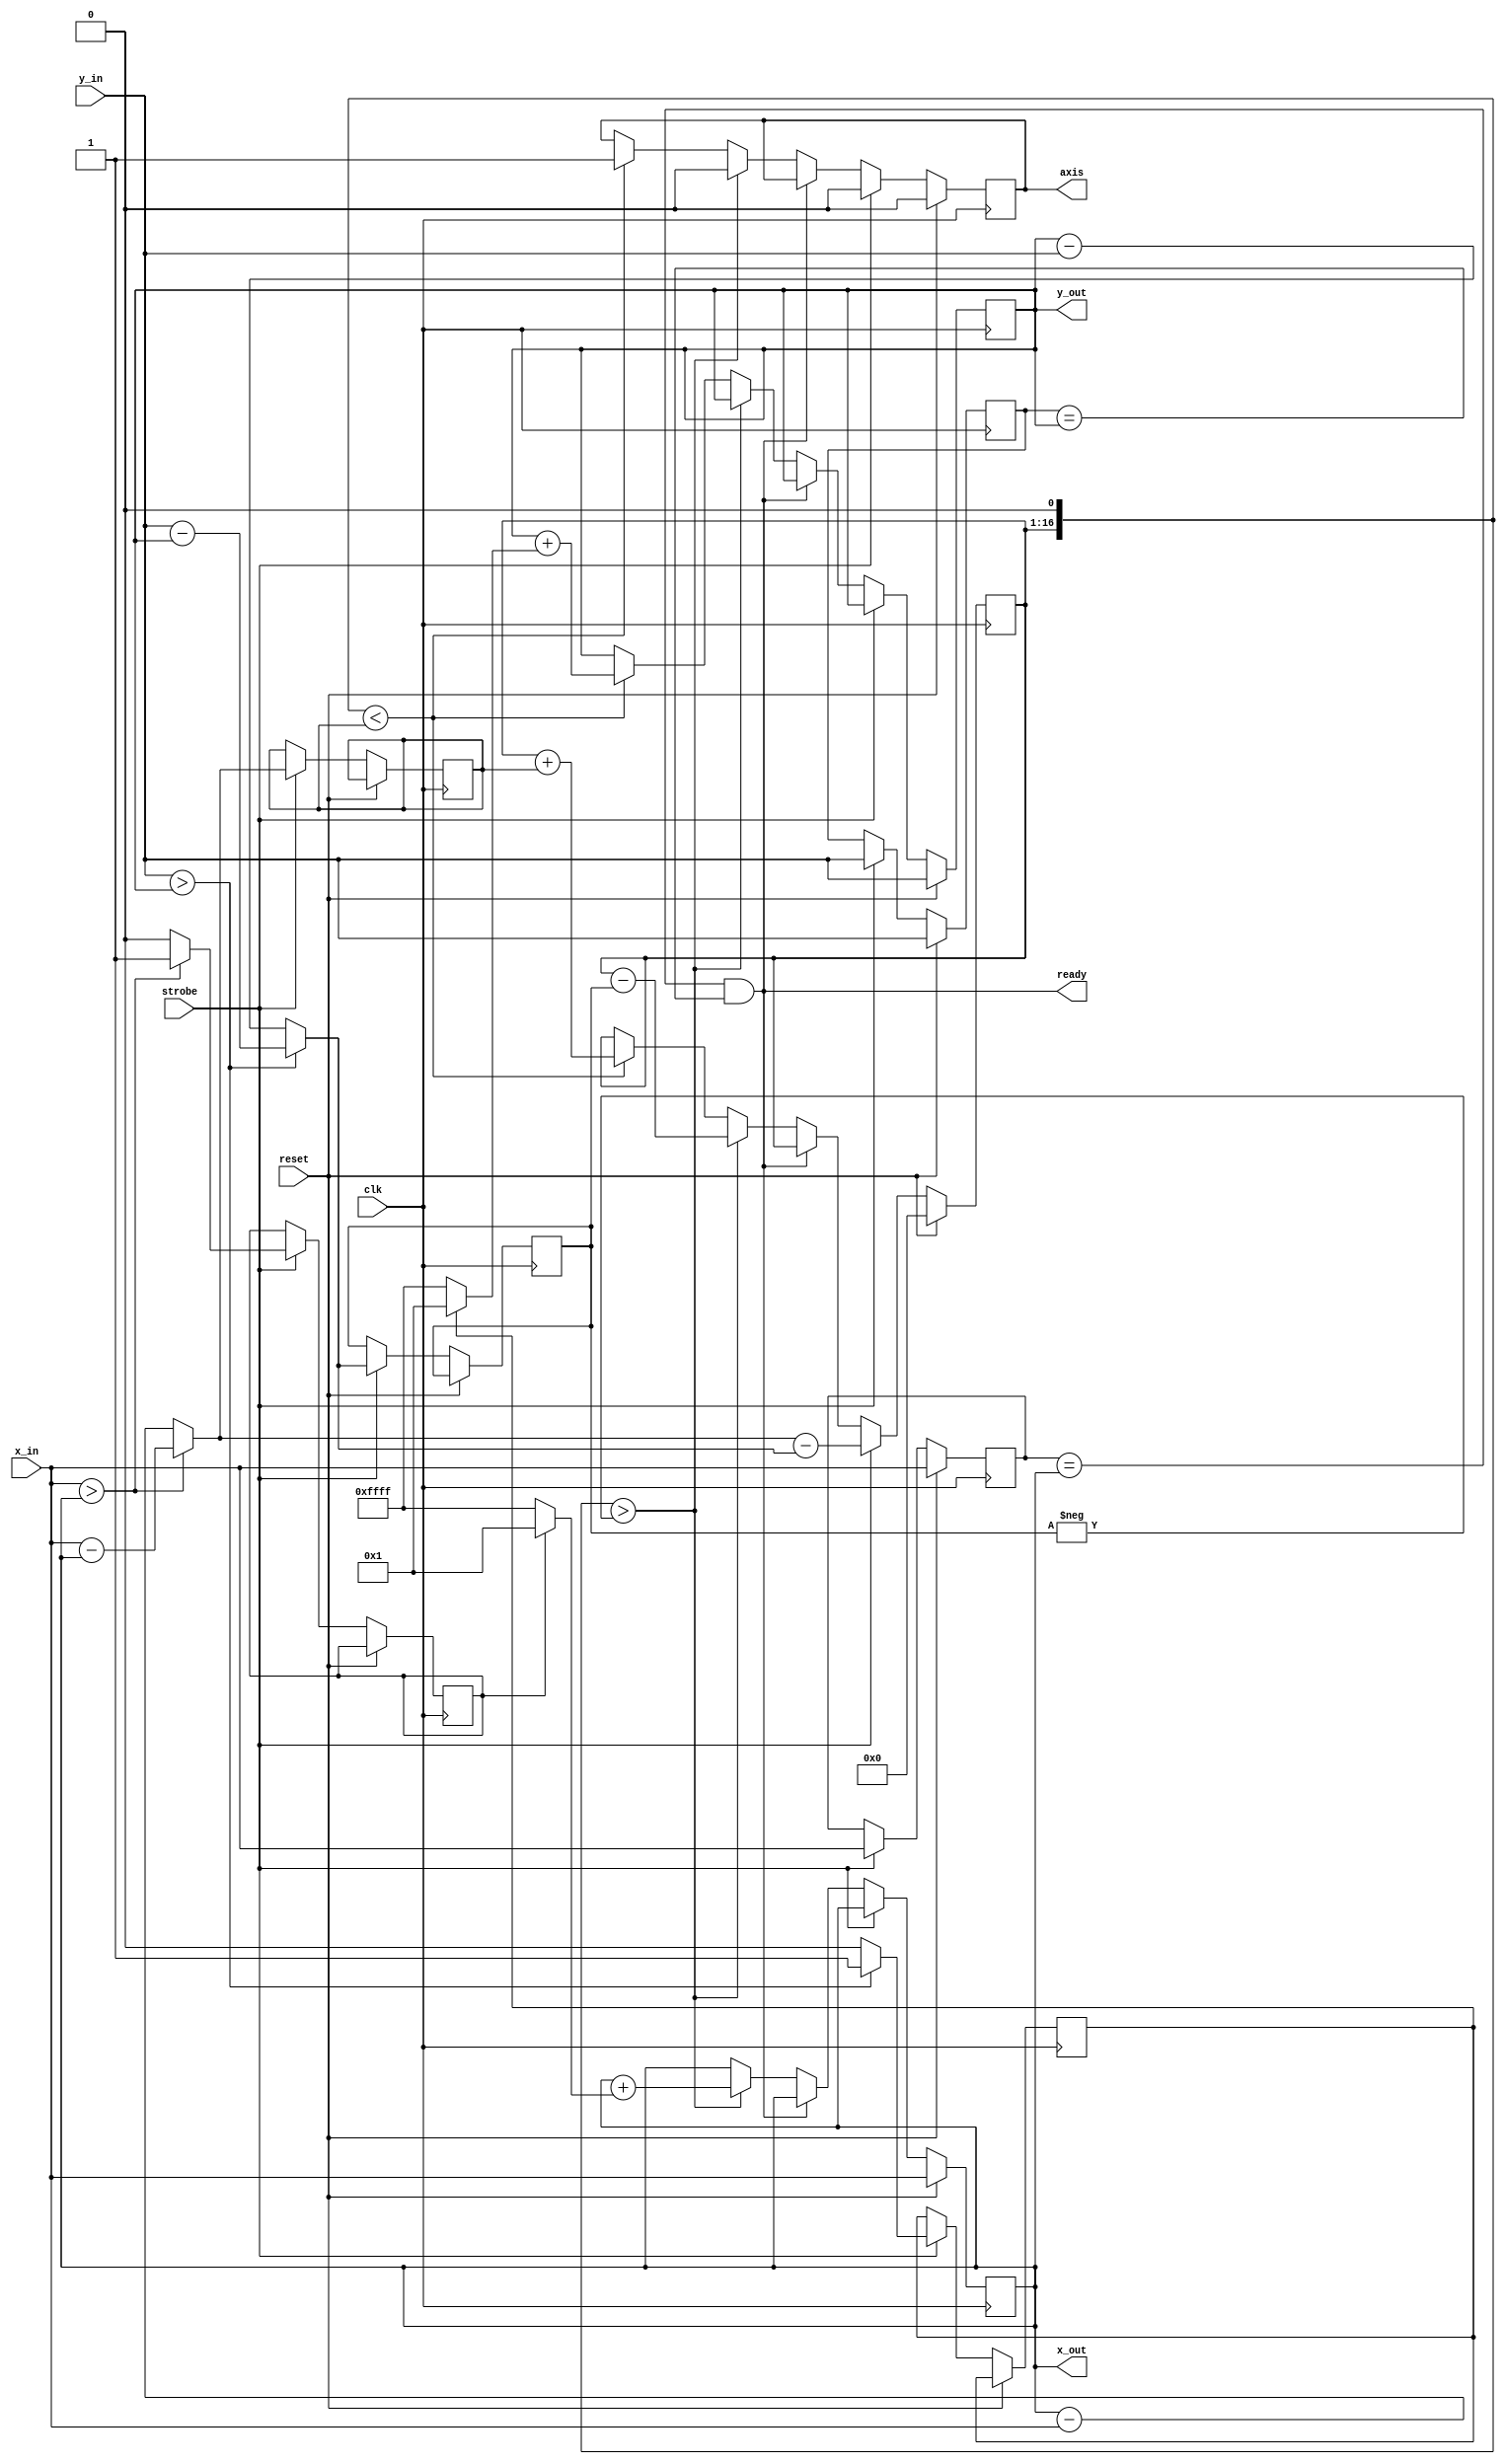
module lineto(
	input clk,
	input reset,

	input strobe,
	input [BITS-1:0] x_in,
	input [BITS-1:0] y_in,

	output ready, // set when done
	output axis, // did the x or y value change
	output [BITS-1:0] x_out,
	output [BITS-1:0] y_out
);
	parameter BITS = 16;

	reg [BITS-1:0] err;

	reg [BITS-1:0] x_dst;
	reg [BITS-1:0] y_dst;

	reg [BITS-1:0] x_out;
	reg [BITS-1:0] y_out;

	// once the output reaches the dstination, it is ready
	// for a new point.
	assign ready = (x_dst == x_out) && (y_dst == y_out);

	reg axis;
	reg sx;
	reg sy;

	reg signed [BITS-1:0] dx;
	reg signed [BITS-1:0] dy;

	wire signed [BITS:0] err2 = err << 1;

	always @(posedge clk)
	begin
		//$monitor("%d %d %d %d %d", x_out, y_out, dx, dy, err);
		if (reset) begin
			// reset will latch the current inputs
			x_dst <= x_in;
			y_dst <= y_in;
			x_out <= x_in;
			y_out <= y_in;
			err <= 0;
			axis <= 0;
		end else
		if (strobe) begin
			x_dst <= x_in;
			y_dst <= y_in;
			axis <= 0;

			if (x_in > x_out) begin
				sx <= 1;
				dx <= x_in - x_out;
			end else begin
				sx <= 0;
				dx <= x_out - x_in;
			end

			if (y_in > y_out) begin
				sy <= 1;
				dy <= y_in - y_out;
			end else begin
				sy <= 0;
				dy <= y_out - y_in;
			end

			err <= ((x_in > x_out) ? (x_in - x_out) : (x_out - x_in))
				-
				((y_in > y_out) ? (y_in - y_out) : (y_out - y_in));

		end else
		if (!ready) begin
			// move towards the dstination point
			if (err2 > -dy)
			begin
				err <= err - dy;
				x_out <= x_out + (sx ? 1 : -1);
				axis <= 0;
			end else
			if (err2 < dx)
			begin
				err <= err + dx;
				y_out <= y_out + (sy ? 1 : -1);
				axis <= 1;
			end
		end
	end
endmodule